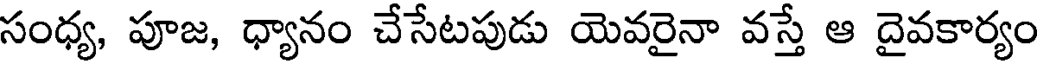
సంధ్య, పూజ, ధ్యానం చేసేటపుడు యెవరైనా వస్తే ఆ దైవకార్యం